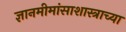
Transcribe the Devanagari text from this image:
ज्ञानमीमांसाशास्त्राच्या